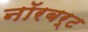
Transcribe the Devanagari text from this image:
नॉरबर्ट